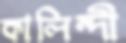
কালিন্দী